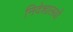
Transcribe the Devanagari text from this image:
निदेशालयों